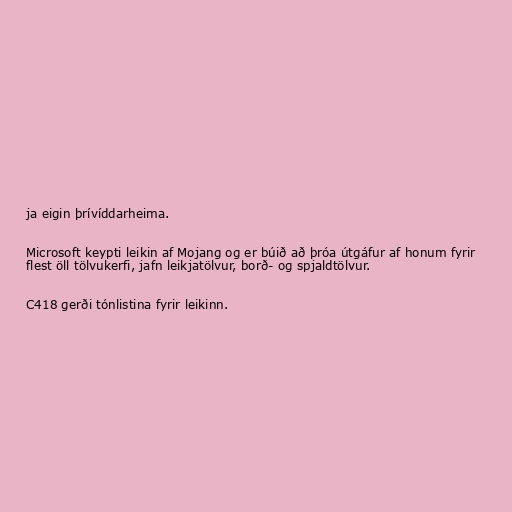
ja eigin þrívíddarheima.

Microsoft keypti leikin af Mojang og er búið að þróa útgáfur af honum fyrir
flest öll tölvukerfi, jafn leikjatölvur, borð- og spjaldtölvur.

C418 gerði tónlistina fyrir leikinn.